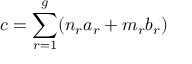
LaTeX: c = \sum _ { r = 1 } ^ { g } ( n _ { r } a _ { r } + m _ { r } b _ { r } )